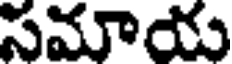
సమాయు